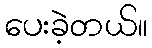
ပေးခဲ့တယ်။